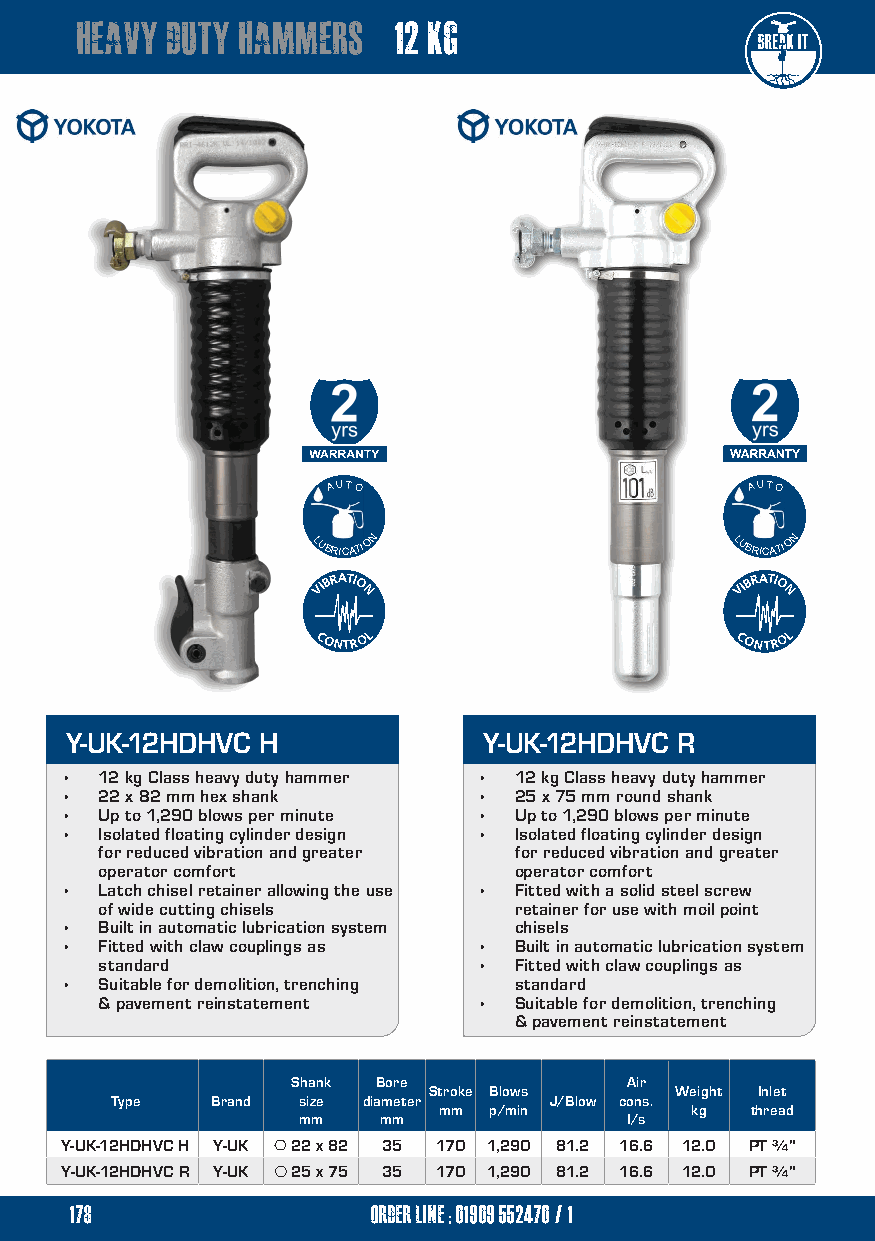
heavy duty hammers   12 kg
 AA UU TT OO                 AA UU TT OO
 LLUBRICATION               LLUBRICATION
 VIBRATIO
 N
 VIBRATIO
 N
 CONTROL                     CONTROL
 Y-UK-12HDHVC H              Y-UK-12HDHVC R
 •  12 kg Class heavy duty hammer • 12 kg Class heavy duty hammer
 •  22 x 82 mm hex shank     • 25 x 75 mm round shank
 •  Up to 1,290 blows per minute • Up to 1,290 blows per minute
 •  Isolated floating cylinder design • Isolated floating cylinder design
 for reduced vibration and greater for reduced vibration and greater
 operator comfort           operator comfort
 •  Latch chisel retainer allowing the use • Fitted with a solid steel screw
 of wide cutting chisels    retainer for use with moil point
 •  Built in automatic lubrication system chisels
 •  Fitted with claw couplings as • Built in automatic lubrication system
 standard                 • Fitted with claw couplings as
 •  Suitable for demolition, trenching standard
 & pavement reinstatement • Suitable for demolition, trenching
 & pavement reinstatement
 Shank Bore            Air
 Stroke Blows     Weight Inlet
 Type   Brand size diameter   J/Blow cons.
 mm p/min         kg  thread
 mm   mm              I/s
 Y-UK-12HDHVC H Y-UK  22 x 82 35 170 1,290 81.2 16.6 12.0 PT ¾"
 Y-UK-12HDHVC R Y-UK  25 x 75 35 170 1,290 81.2 16.6 12.0 PT ¾"
 178                 order line ; 01909 552470/1